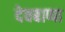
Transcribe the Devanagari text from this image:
देवबाप्पा